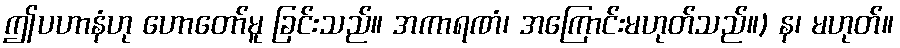
ဤပဟာနံဟု ဟောတော်မူ ခြင်းသည်။ အကာရဏံ၊ အကြောင်းမဟုတ်သည်။) န၊ မဟုတ်။